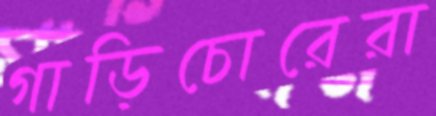
গাড়িচোরেরা